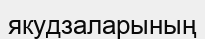
якудзаларының